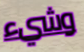
وشيء